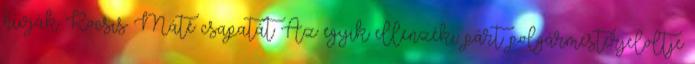
hívják Kocsis Máté csapatát Az egyik ellenzéki párt polgármesterjelöltje